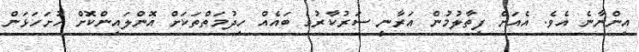
އިންނާނެ އެވެ. އެއަށް ފިތާލުމުން އަރާނީ ސަރުކާރުގެ ބައެއް ހިދުމަތްތަކަށް އޮންލައިންކޮށް ހުށަހަޅަން